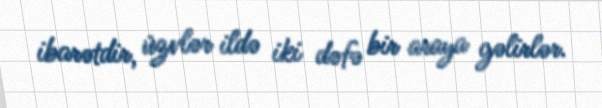
ibarətdir, üzvlər ildə iki dəfə bir araya gəlirlər.